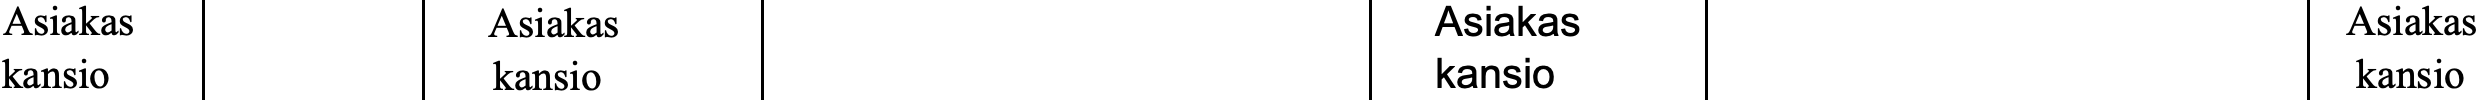
Asiakas         Asiakas                        Asiakas                       Asiakas kansio          kansio                         kansio                         kansio